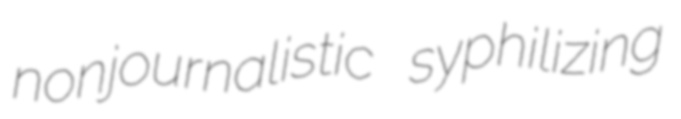
nonjournalistic syphilizing